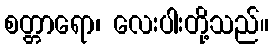
စတ္တာရော၊ လေးပါးတို့သည်။